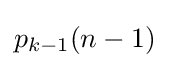
p_{k-1}(n-1)